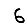
Digit: 6